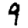
Digit: 9